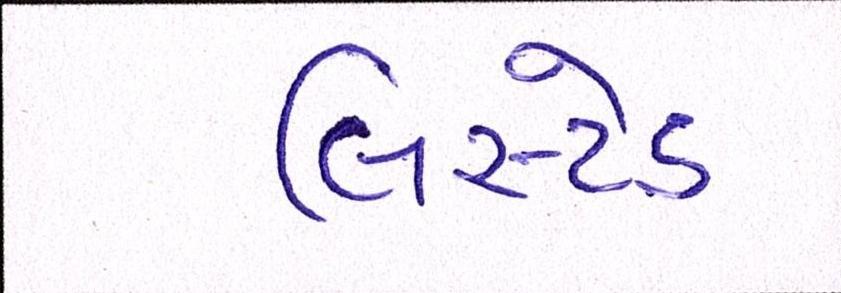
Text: લિસ્ટેડ